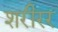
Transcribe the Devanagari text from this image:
शरीरर